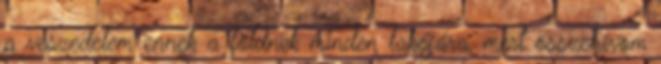
a veszedelem ennek a földnek minden lakójára, mert összehívom